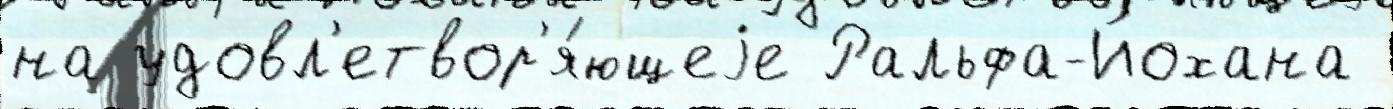
на удовл'етвор'я́ющеjе Ральфа-Йохана